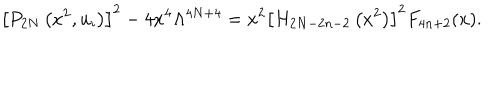
\left[ P _ { 2 N } \left( x ^ { 2 } , u _ { i } \right) \right] ^ { 2 } - 4 x ^ { 4 } \Lambda ^ { 4 N + 4 } = x ^ { 2 } \left[ H _ { 2 N - 2 n - 2 } \left( x ^ { 2 } \right) \right] ^ { 2 } F _ { 4 n + 2 } ( x ) .